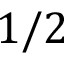
1 / 2